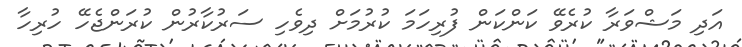
އަދި މަޝްވަރާ ކުރެވޭ ކަންކަން ފުރިހަަމަ ކުރުމަށް ދިވެހި ސަރުކާރުން ކުރަންޖެހޭ ހުރިހާ